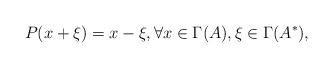
LaTeX: \begin{align*} P(x+\xi)=x-\xi,\forall x\in\Gamma(A),\xi\in\Gamma(A^*), \end{align*}